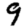
Digit: 9